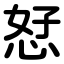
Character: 恏